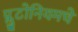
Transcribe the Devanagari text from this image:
प्लुटोनियमचे